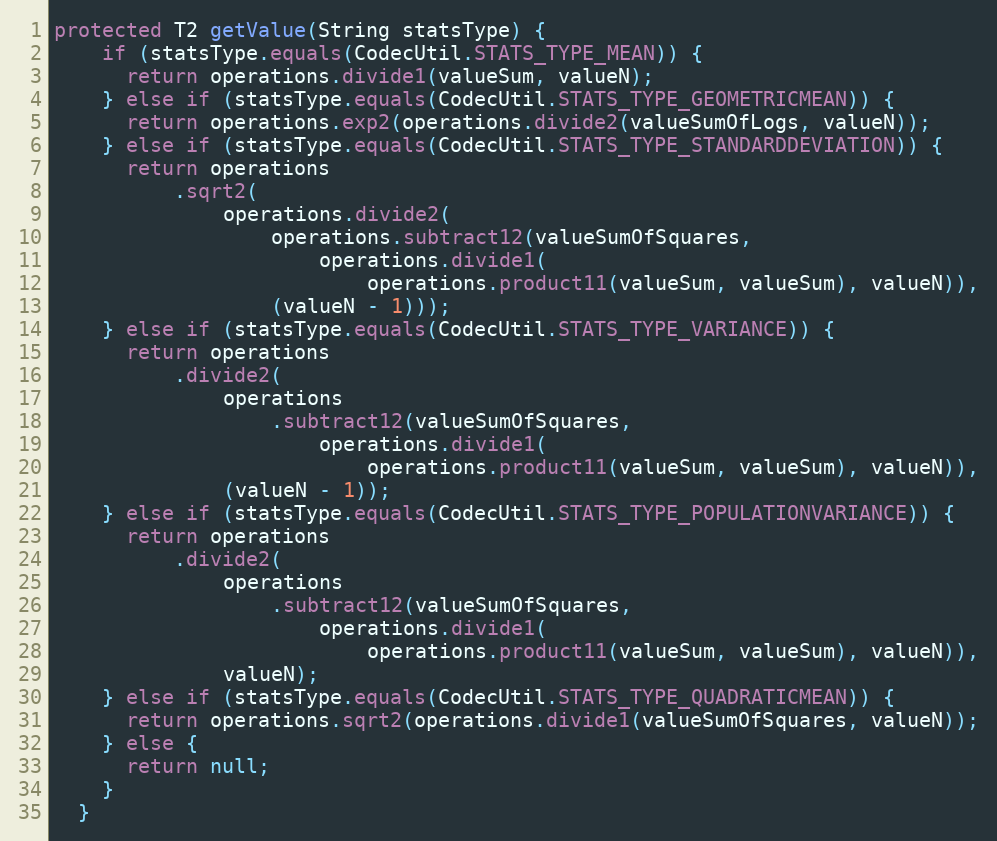
Language: Java
protected T2 getValue(String statsType) {
    if (statsType.equals(CodecUtil.STATS_TYPE_MEAN)) {
      return operations.divide1(valueSum, valueN);
    } else if (statsType.equals(CodecUtil.STATS_TYPE_GEOMETRICMEAN)) {
      return operations.exp2(operations.divide2(valueSumOfLogs, valueN));
    } else if (statsType.equals(CodecUtil.STATS_TYPE_STANDARDDEVIATION)) {
      return operations
          .sqrt2(
              operations.divide2(
                  operations.subtract12(valueSumOfSquares,
                      operations.divide1(
                          operations.product11(valueSum, valueSum), valueN)),
                  (valueN - 1)));
    } else if (statsType.equals(CodecUtil.STATS_TYPE_VARIANCE)) {
      return operations
          .divide2(
              operations
                  .subtract12(valueSumOfSquares,
                      operations.divide1(
                          operations.product11(valueSum, valueSum), valueN)),
              (valueN - 1));
    } else if (statsType.equals(CodecUtil.STATS_TYPE_POPULATIONVARIANCE)) {
      return operations
          .divide2(
              operations
                  .subtract12(valueSumOfSquares,
                      operations.divide1(
                          operations.product11(valueSum, valueSum), valueN)),
              valueN);
    } else if (statsType.equals(CodecUtil.STATS_TYPE_QUADRATICMEAN)) {
      return operations.sqrt2(operations.divide1(valueSumOfSquares, valueN));
    } else {
      return null;
    }
  }